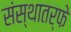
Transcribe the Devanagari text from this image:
संस्थातर्फे